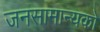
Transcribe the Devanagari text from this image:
जनसामान्‍यको